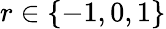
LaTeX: r\in\left\{ {-1,0,1}\right\}